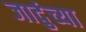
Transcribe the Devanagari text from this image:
जादुंच्या